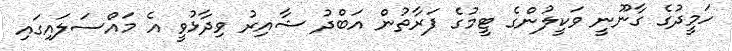
ހަމީދުގެ ގާނޫނީ ވަކީލުންގެ ޓީމުގެ ފަރާތުން އަބްދު ޝާއިރު ވިދާޅުވީ އެ މައްސަލައިގައި